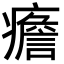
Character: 癚